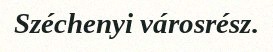
Széchenyi városrész.